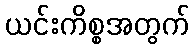
ယင်းကိစ္စအတွက်